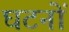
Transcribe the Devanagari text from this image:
घटनों